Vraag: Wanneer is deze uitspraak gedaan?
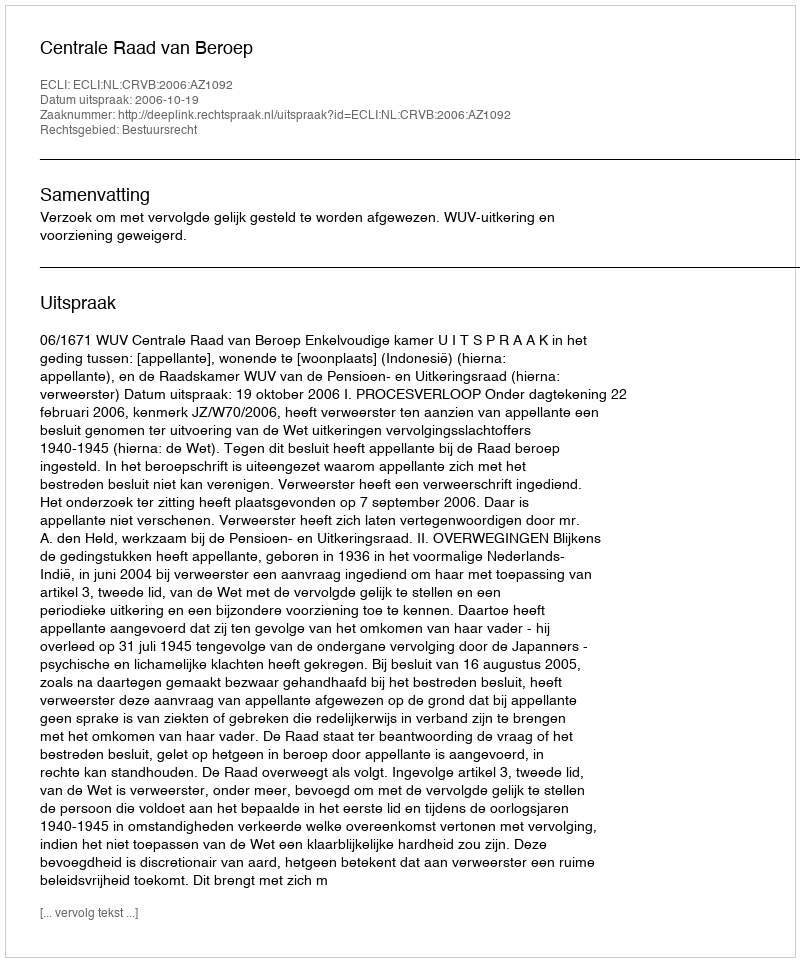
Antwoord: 2006-10-19